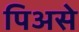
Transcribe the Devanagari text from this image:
पिअसे